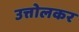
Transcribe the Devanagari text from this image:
उत्तोलकर